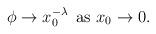
LaTeX: \begin{align*}\phi\to x_0^{-\lambda}\hskip.2cm {\textstyle\rm as\ }x_0\to 0.\end{align*}